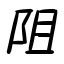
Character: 阻